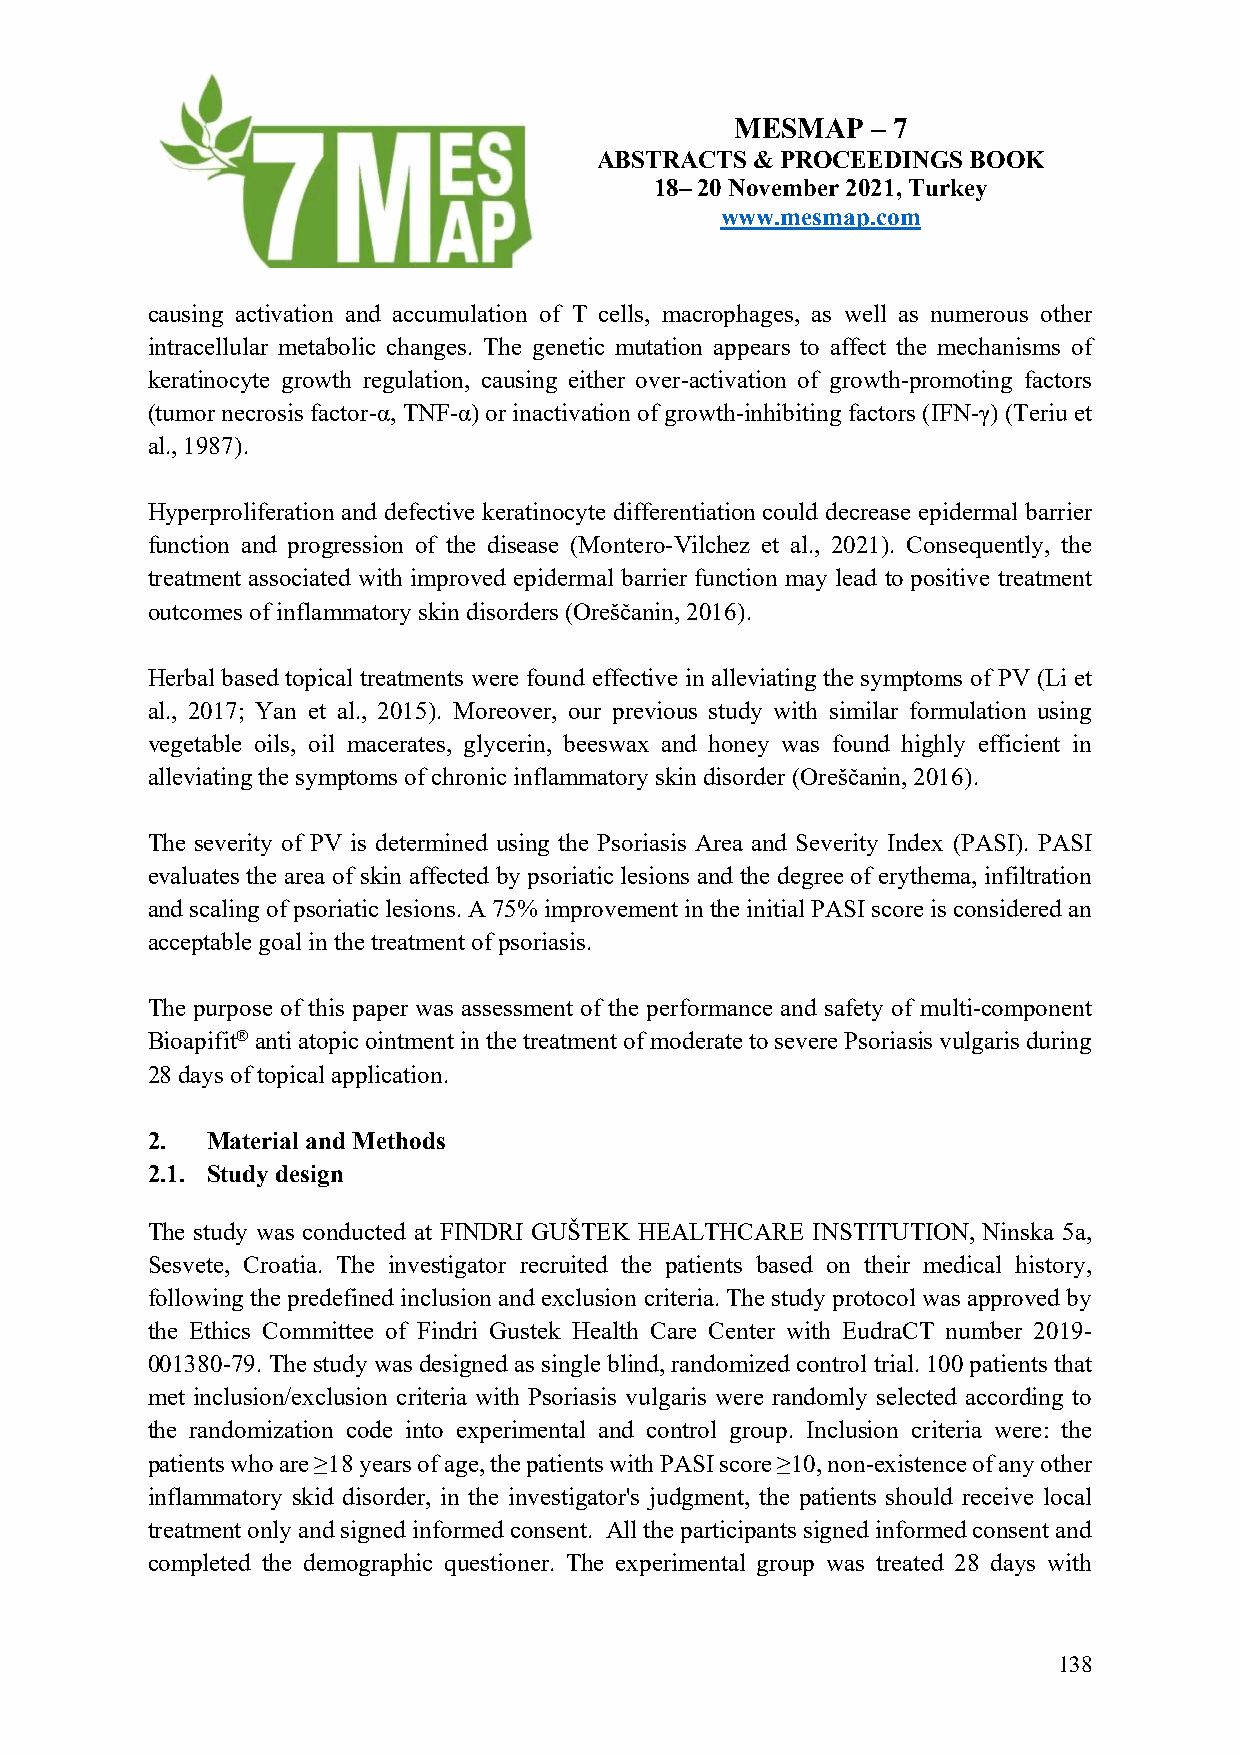
MESMAP   – 7
 ABSTRACTS  & PROCEEDINGS BOOK
 18– 20 November 2021, Turkey
 www.mesmap.com
 causing activation and accumulation of T cells, macrophages, as well as numerous other
 intracellular metabolic changes. The genetic mutation appears to affect the mechanisms of
 keratinocyte growth regulation, causing either over-activation of growth-promoting factors
 (tumor necrosis factor-α, TNF-α) or inactivation of growth-inhibiting factors (IFN-γ) (Teriu et
 al., 1987).
 Hyperproliferation and defective keratinocyte differentiation could decrease epidermal barrier
 function and progression of the disease (Montero-Vilchez et al., 2021). Consequently, the
 treatment associated with improved epidermal barrier function may lead to positive treatment
 outcomes of inflammatory skin disorders (Oreščanin, 2016).
 Herbal based topical treatments were found effective in alleviating the symptoms of PV (Li et
 al., 2017; Yan et al., 2015). Moreover, our previous study with similar formulation using
 vegetable oils, oil macerates, glycerin, beeswax and honey was found highly efficient in
 alleviating the symptoms of chronic inflammatory skin disorder (Oreščanin, 2016).
 The severity of PV is determined using the Psoriasis Area and Severity Index (PASI). PASI
 evaluates the area of skin affected by psoriatic lesions and the degree of erythema, infiltration
 and scaling of psoriatic lesions. A 75% improvement in the initial PASI score is considered an
 acceptable goal in the treatment of psoriasis.
 The purpose of this paper was assessment of the performance and safety of multi-component
 Bioapifit® anti atopic ointment in the treatment of moderate to severe Psoriasis vulgaris during
 28 days of topical application.
 2.  Material and Methods
 2.1. Study design
 The study was conducted at FINDRI GUŠTEK HEALTHCARE INSTITUTION, Ninska 5a,
 Sesvete, Croatia. The investigator recruited the patients based on their medical history,
 following the predefined inclusion and exclusion criteria. The study protocol was approved by
 the Ethics Committee of Findri Gustek Health Care Center with EudraCT number 2019-
 001380-79. The study was designed as single blind, randomized control trial. 100 patients that
 met inclusion/exclusion criteria with Psoriasis vulgaris were randomly selected according to
 the randomization code into experimental and control group. Inclusion criteria were: the
 patients who are ≥18 years of age, the patients with PASI score ≥10, non-existence of any other
 inflammatory skid disorder, in the investigator's judgment, the patients should receive local
 treatment only and signed informed consent. All the participants signed informed consent and
 completed the demographic questioner. The experimental group was treated 28 days with
 138